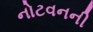
નોટવનની